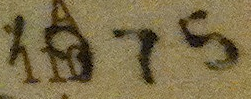
1975